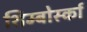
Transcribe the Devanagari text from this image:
शिम्बोर्स्का